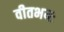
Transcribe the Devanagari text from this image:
वीतभयः